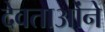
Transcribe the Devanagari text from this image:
देवताओंने